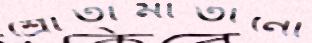
শ্রোতামাতানো